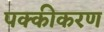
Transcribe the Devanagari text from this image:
पक्कीकरण